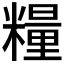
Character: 糧